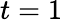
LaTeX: t=1